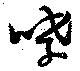
哮